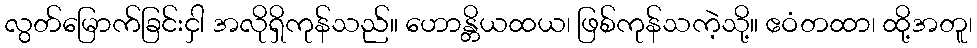
လွတ်မြောက်ခြင်းငှါ အလိုရှိကုန်သည်။ ဟောန္တိယထယ၊ ဖြစ်ကုန်သကဲ့သို့။ ဧဝံတထာ၊ ထို့အတူ၊